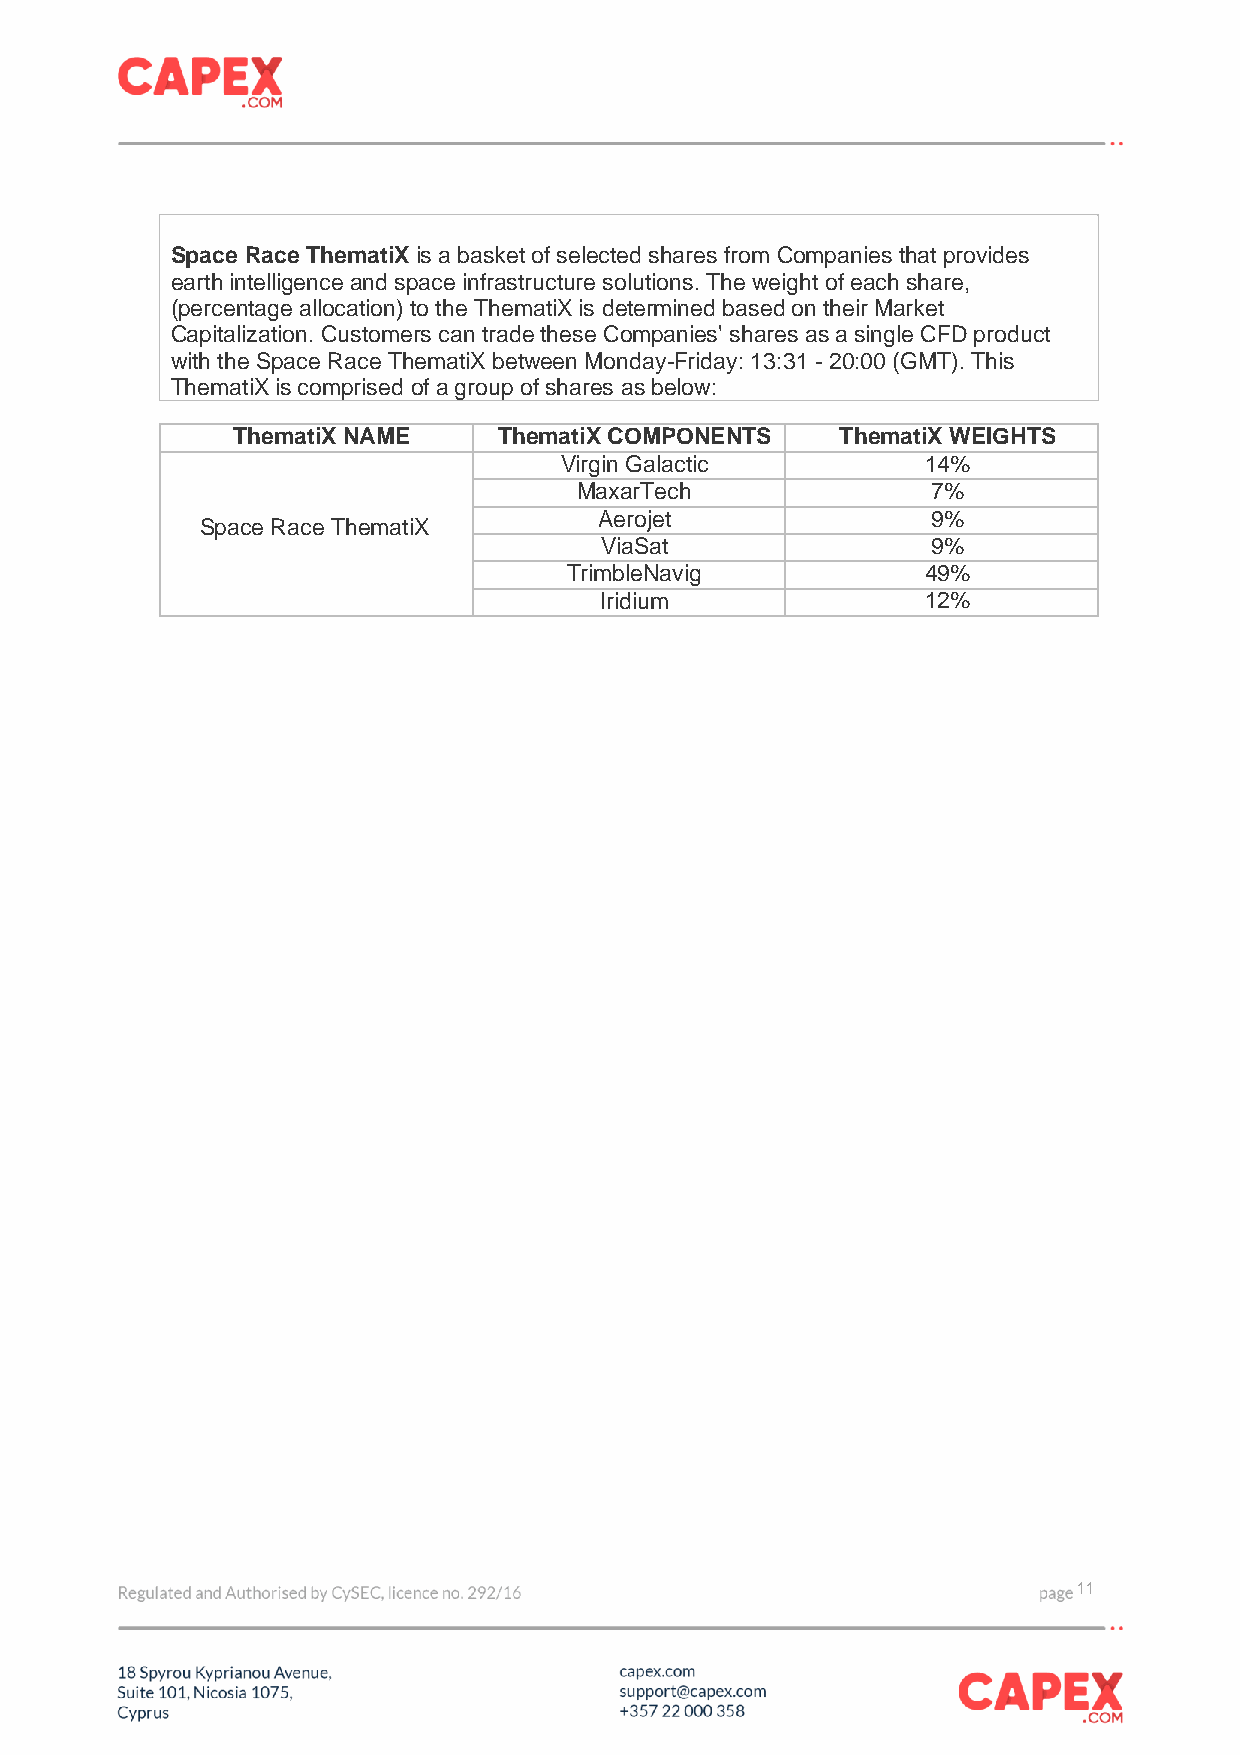
Space Race ThematiX is a basket of selected shares from Companies that provides
 earth intelligence and space infrastructure solutions. The weight of each share,
 (percentage allocation) to the ThematiX is determined based on their Market
 Capitalization. Customers can trade these Companies' shares as a single CFD product
 with the Space Race ThematiX between Monday-Friday: 13:31 - 20:00 (GMT). This
 ThematiX is comprised of a group of shares as below:
 ThematiX NAME     ThematiX COMPONENTS    ThematiX WEIGHTS
 Virgin Galactic         14%
 MaxarTech               7%
 Aerojet               9%
 Space Race ThematiX
 ViaSat                9%
 TrimbleNavig           49%
 Iridium              12%
 11